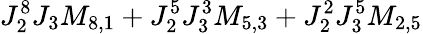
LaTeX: J_{2}^{8}J_{3}M_{8,1}+J_{2}^{5}J_{3}^{3}M_{5,3}+J_{2}^{2}J_{3}^{5}M_{2,5}